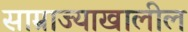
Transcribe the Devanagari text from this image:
साम्राज्याखालील